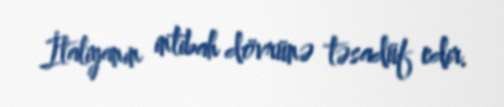
İtaliyanın intibah dövrünə təsadüf edir.